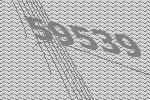
59539